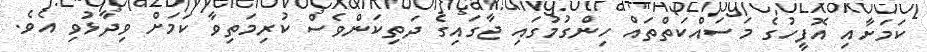
ކަމަށާއި އޮފީހުގެ މަސައްކަތްތައް ހިންގުމުގައި ޖާގައިގެ ދަތިކަންވެސް ކުރިމަތިވާ ކަމަށް ވިދާޅުވި އެވެ.